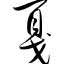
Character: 戛